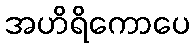
အဟိရိကောပေ